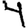
Digit: 4